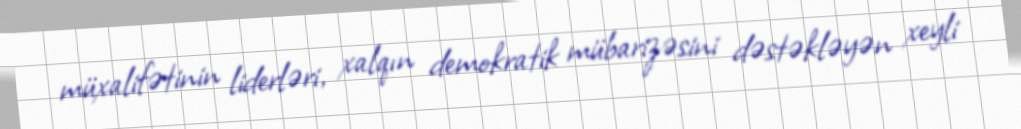
müxalifətinin liderləri, xalqın demokratik mübarizəsini dəstəkləyən xeyli